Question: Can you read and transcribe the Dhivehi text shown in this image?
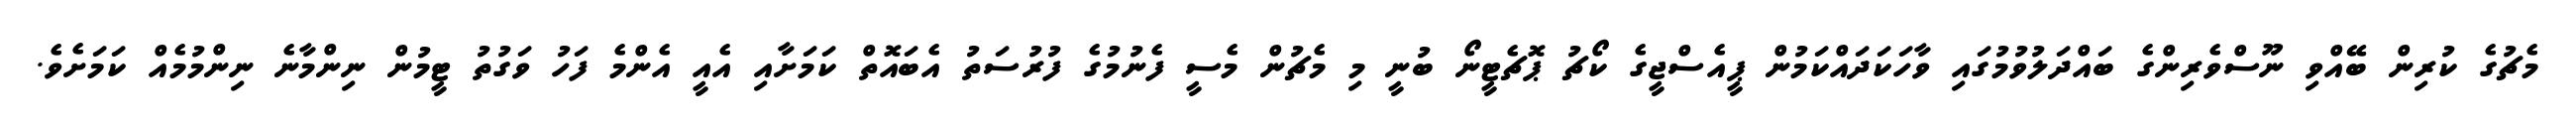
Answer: މެޗުގެ ކުރިން ބޭއްވި ނޫސްވެރިންގެ ބައްދަލުވުމުގައި ވާހަކަދައްކަމުން ޕީއެސްޖީގެ ކޯޗު ޕޮޗެޓީނޯ ބުނީ މި މެޗުން މެސީ ފެނުމުގެ ފުރުސަތު އެބައޮތް ކަމަށާއި އެއީ އެންމެ ފަހު ވަގުތު ޓީމުން ނިންމާނެ ނިންމުމެއް ކަމަށެވެ.